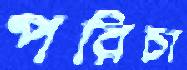
পরিচা